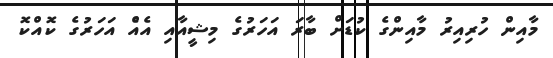
މާއިން ހުރިއިރު މާއިންގެ ކުޑަށް ބާރަ އަހަރުގެ މިޝީއާއި އެއްެ އަހަރުގެ ކޮއްކޮ